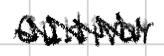
Text: cultivar
Cross-out: zig-zag
Writing tool: digital_black